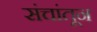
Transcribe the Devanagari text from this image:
संचांतून